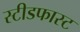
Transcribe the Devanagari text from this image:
स्टीडफास्ट